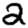
Digit: 2